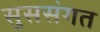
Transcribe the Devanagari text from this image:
सुससंगत